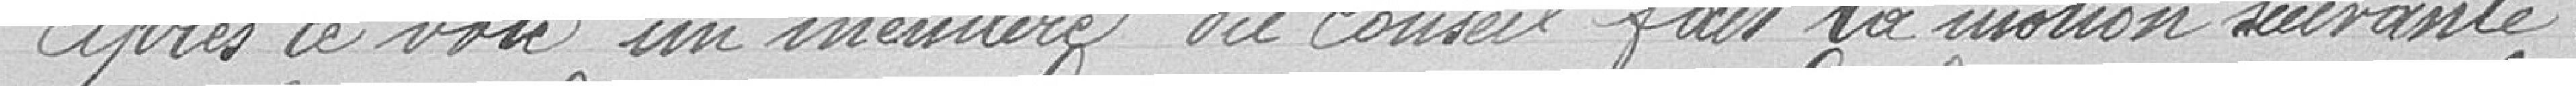
Après ce vote un membre du conseil fait la motion suivante :